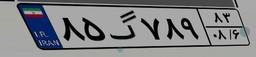
۸۵گ۷۸۹۸۳